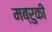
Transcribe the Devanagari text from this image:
मब्रुकी